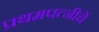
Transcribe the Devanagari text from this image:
प्रथमपत्नीचें